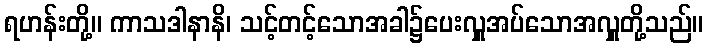
ရဟန်းတို့။ ကာသဒါနာနိ၊ သင့်တင့်သောအခါ၌ပေးလှူအပ်သောအလှူတို့သည်။